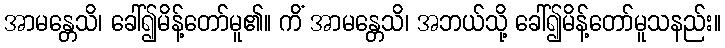
အာမန္တေသိ၊ ခေါ်၍မိန့်တော်မူ၏။ ကိံ အာမန္တေသိ၊ အဘယ်သို့ ခေါ်၍မိန့်တော်မူသနည်း။